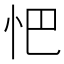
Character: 𢗌